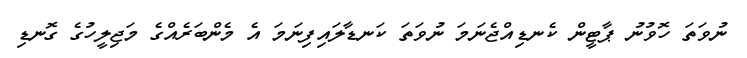
ނުވަތަ ހޮވުނު ޕާޓީން ކެނޑިއްޖެނަމަ ނުވަތަ ކަނޑާލައިފިނަމަ އެ މެންބަރެއްގެ މަޖިލީހުގެ ގޮނޑި